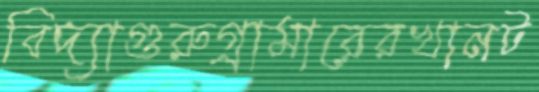
বিদ্যাগুরুগ্রামারেরখানট